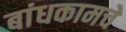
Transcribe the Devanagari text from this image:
बांधकामचे